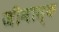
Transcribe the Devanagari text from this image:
जीनास्‍क